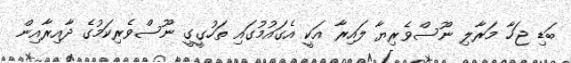
ބަޑި ޖަހާ މަރާލި ނޫސްވެރިޔާ ލައިރާ އަކީ އެގައުމުގައި ތަހުގީގީ ނޫސްވެރިކަމުގެ ދާއިރާއިން